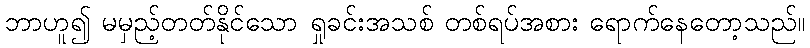
ဘာဟူ၍ မမှည့်တတ်နိုင်သော ရှုခင်းအသစ် တစ်ရပ်အစား ရောက်နေတော့သည်။